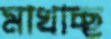
মাখাচ্ছ